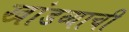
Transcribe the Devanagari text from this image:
खांडव्याची